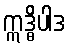
ဣဒ္ဓိပါဒ